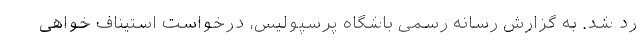
رد شد. به گزارش رسانه رسمی باشگاه پرسپولیس، درخواست استیناف خواهی